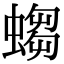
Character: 𧎷